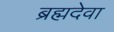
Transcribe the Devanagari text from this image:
ब्रह्मदेवा